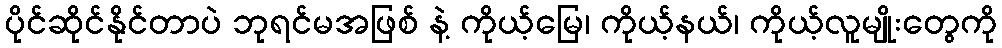
ပိုင်ဆိုင်နိုင်တာပဲ ဘုရင်မအဖြစ် နဲ့ ကိုယ့်မြေ၊ ကိုယ့်နယ်၊ ကိုယ့်လူမျိုးတွေကို